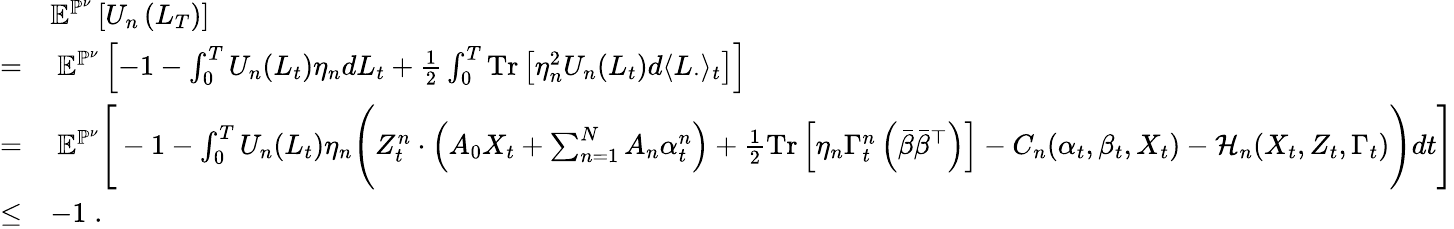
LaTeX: \begin{array}{rl}&{\mathbb{E}^{\mathbb{P}^{\nu}}\left[U_{n}\left(L_{T}\right)\right]}\\ {=}&{~\mathbb{E}^{\mathbb{P}^{\nu}}\left[-1-\int_{0}^{T}U_{n}(L_{t})\eta_{n}dL_{t}+\frac 12\int_{0}^{T}\mathrm{Tr}\left[\eta_{n}^{2}U_{n}(L_{t})d\langle L_{\cdot}\rangle_{t}\right]\right]}\\ {=}&{~\mathbb{E}^{\mathbb{P}^{\nu}}\Bigg[-1-\int_{0}^{T}U_{n}(L_{t})\eta_{n}\Bigg(Z_{t}^{n}\cdot\left(A_{0}X_{t}+\sum_{n=1}^{N}A_{n}\alpha_{t}^{n}\right)+\frac 12\mathrm{Tr}\left[\eta_{n}\Gamma_{t}^{n}\left(\bar{\beta}\bar{\beta}^{\top}\right)\right]-C_{n}(\alpha_{t},\beta_{t},X_{t})-\mathcal{H}_{n}(X_{t},Z_{t},\Gamma_{t})\Bigg)dt\Bigg]}\\ {\leq}&{-1\; .}\end{array}